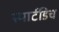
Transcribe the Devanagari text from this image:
स्मार्टडिच